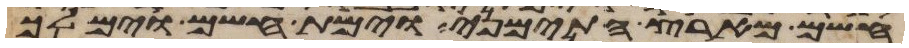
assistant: חשם מארץ התימני וימת חשם וימלך